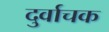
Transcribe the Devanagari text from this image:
दुर्वाचक